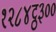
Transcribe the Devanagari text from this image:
१२८४ट्ठ३००